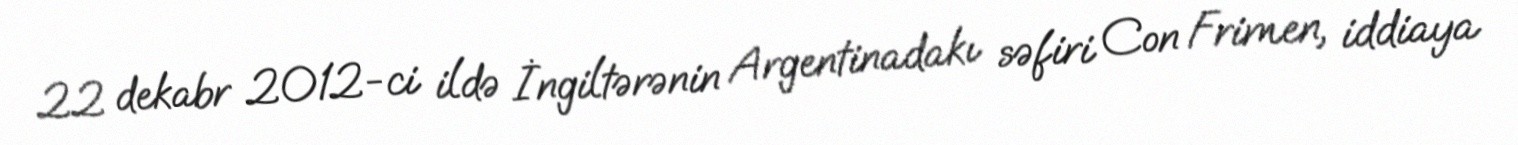
22 dekabr 2012-ci ildə İngiltərənin Argentinadakı səfiri Con Frimen, iddiaya